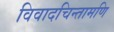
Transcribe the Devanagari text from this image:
विवादचिन्तामणि